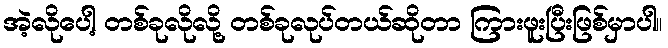
အဲ့လိုပေါ့ တစ်ခုလိုလို့ တစ်ခုလုပ်တယ်ဆိုတာ ကြားဖူးပြီးဖြစ်မှာပါ။